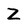
Character: Z